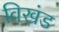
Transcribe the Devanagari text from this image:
विखंड